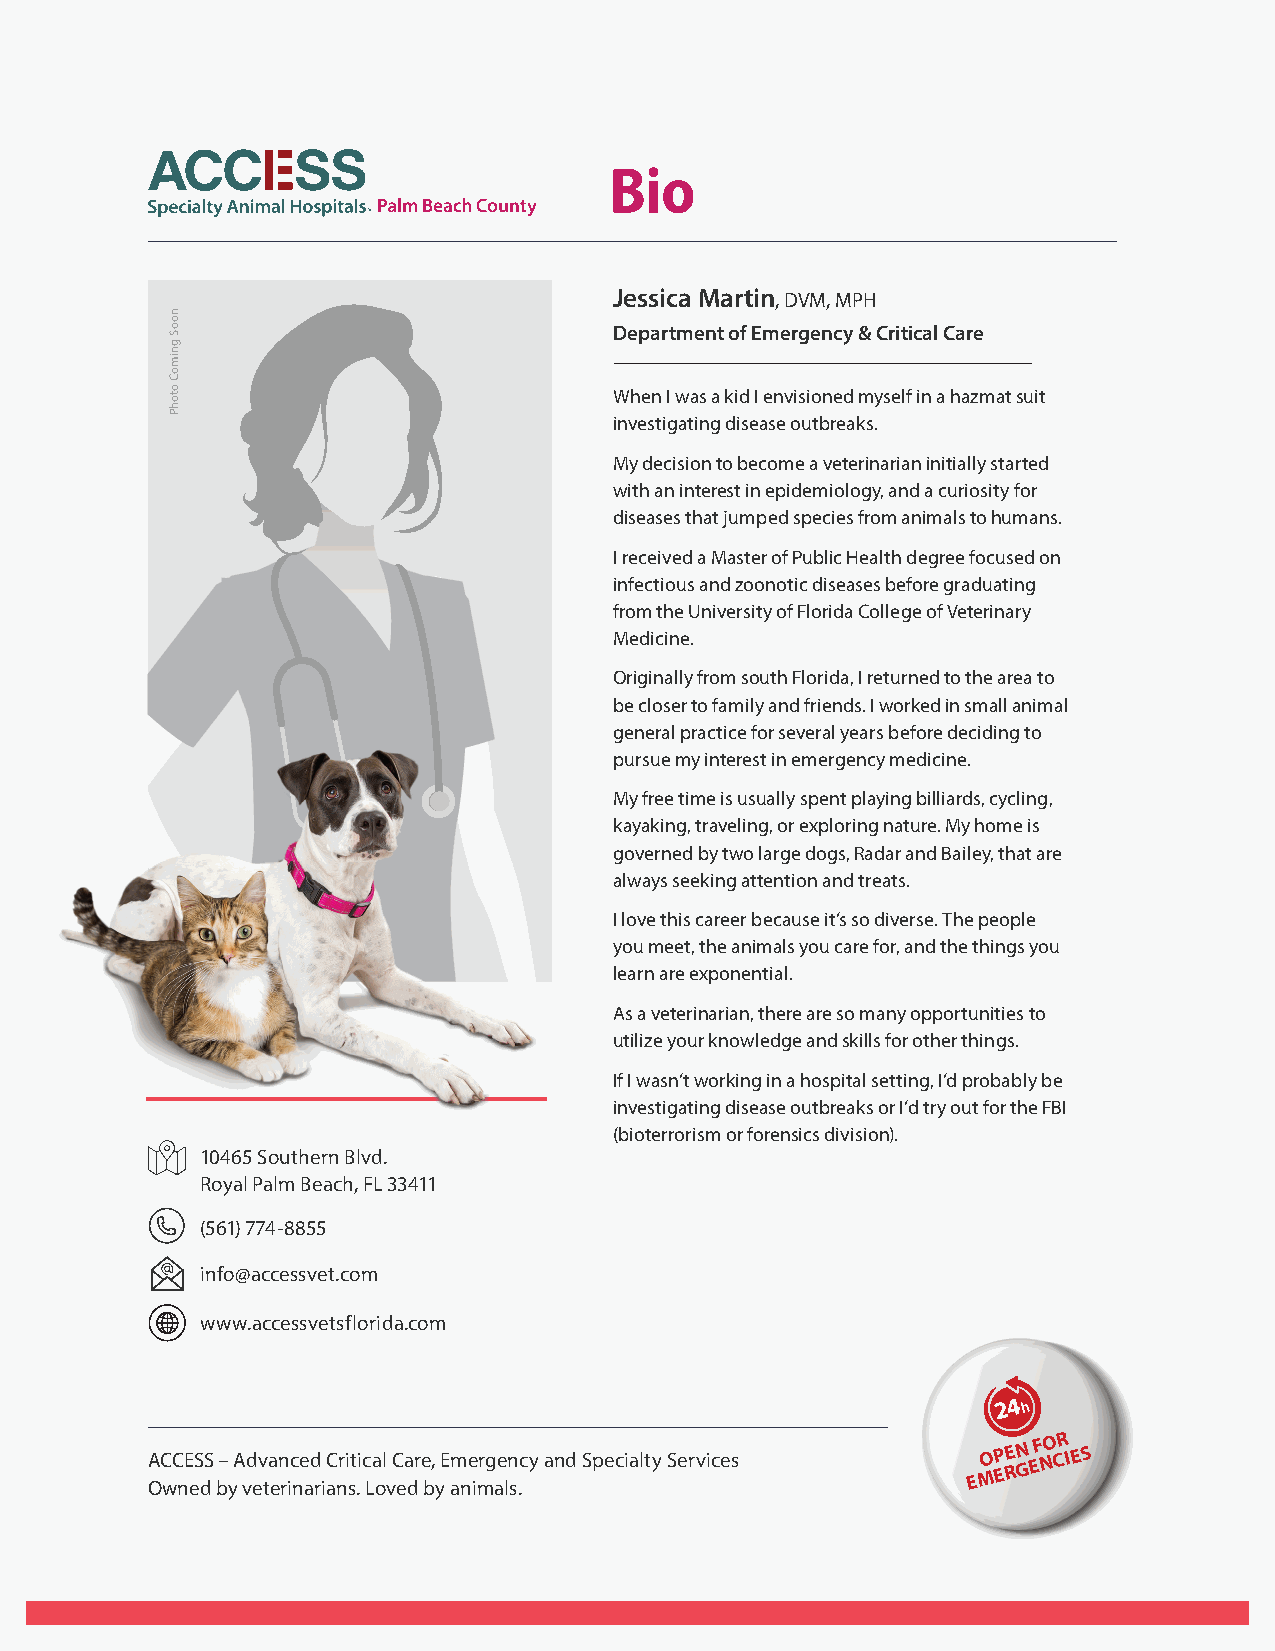
Jessica Martin, DVM, MPH
 Department of Emergency & Critical Care
 When I was a kid I envisioned myself in a hazmat suit
 investigating disease outbreaks.
 My decision to become a veterinarian initially started
 with an interest in epidemiology, and a curiosity for
 diseases that jumped species from animals to humans.
 I received a Master of Public Health degree focused on
 infectious and zoonotic diseases before graduating
 from the University of Florida College of Veterinary
 Medicine.
 Originally from south Florida, I returned to the area to
 be closer to family and friends. I worked in small animal
 general practice for several years before deciding to
 pursue my interest in emergency medicine.
 My free time is usually spent playing billiards, cycling,
 kayaking, traveling, or exploring nature. My home is
 governed by two large dogs, Radar and Bailey, that are
 always seeking attention and treats.
 I love this career because it’s so diverse. The people
 you meet, the animals you care for, and the things you
 learn are exponential.
 As a veterinarian, there are so many opportunities to
 utilize your knowledge and skills for other things.
 If I wasn’t working in a hospital setting, I’d probably be
 investigating disease outbreaks or I’d try out for the FBI
 (bioterrorism or forensics division).
 10465 Southern Blvd.
 Royal Palm Beach, FL 33411
 (561) 774-8855
 info@accessvet.com
 www.accessvetsflorida.com
 A OC wC nE eS dS b–
 y
 A vd ev ta en ric ne ad
 ri
 aC nri st .i c La ol
 v
 C ea dr e b,
 y
 E am ne imrg ae ln s.cy and Specialty Services EMO EP REN
 G
 EF NO CR IES
 nooS
 gnimoC
 otohP